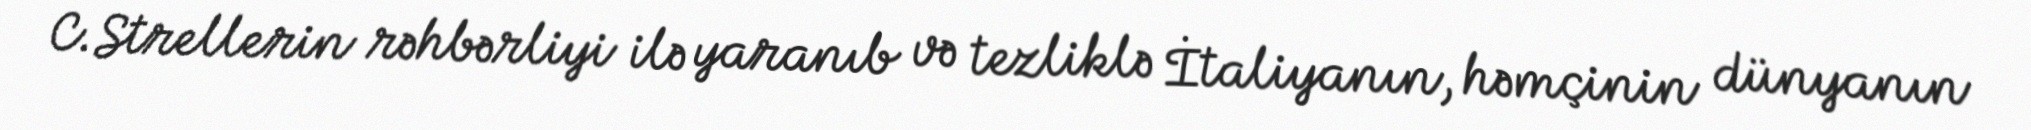
C.Strellerin rəhbərliyi ilə yaranıb və tezliklə İtaliyanın, həmçinin dünyanın